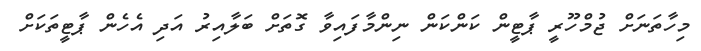
މިހާތަނަށް ޖުމްހޫރީ ޕާޓީން ކަންކަން ނިންމާފައިވާ ގޮތަށް ބަލާއިރު އަދި އެހެން ޕާޓީތަކަށް